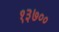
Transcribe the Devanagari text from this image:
१३७००